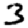
Digit: 3